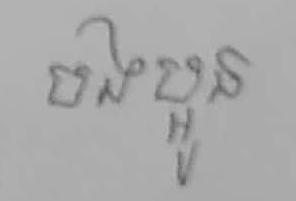
បងប្អូន